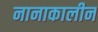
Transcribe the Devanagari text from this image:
नानाकालीन